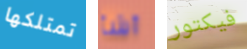
تمتلكها أشأ فيكتور